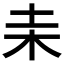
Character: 𣏅